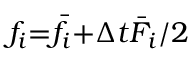
{ f _ { i } } \mathrm { { = } } { { \bar { f } } _ { i } } \mathrm { { + } } \Delta t { { \bar { F } } _ { i } } / 2